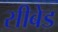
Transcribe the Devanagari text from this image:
सीबेड